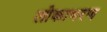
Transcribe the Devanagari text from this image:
लोकाभरण